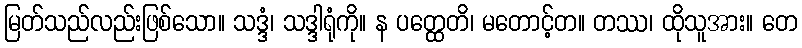
မြတ်သည်လည်းဖြစ်သော။ သဒ္ဒံ၊ သဒ္ဒါရုံကို။ န ပတ္ထေတိ၊ မတောင့်တ။ တဿ၊ ထိုသူအား။ တေ